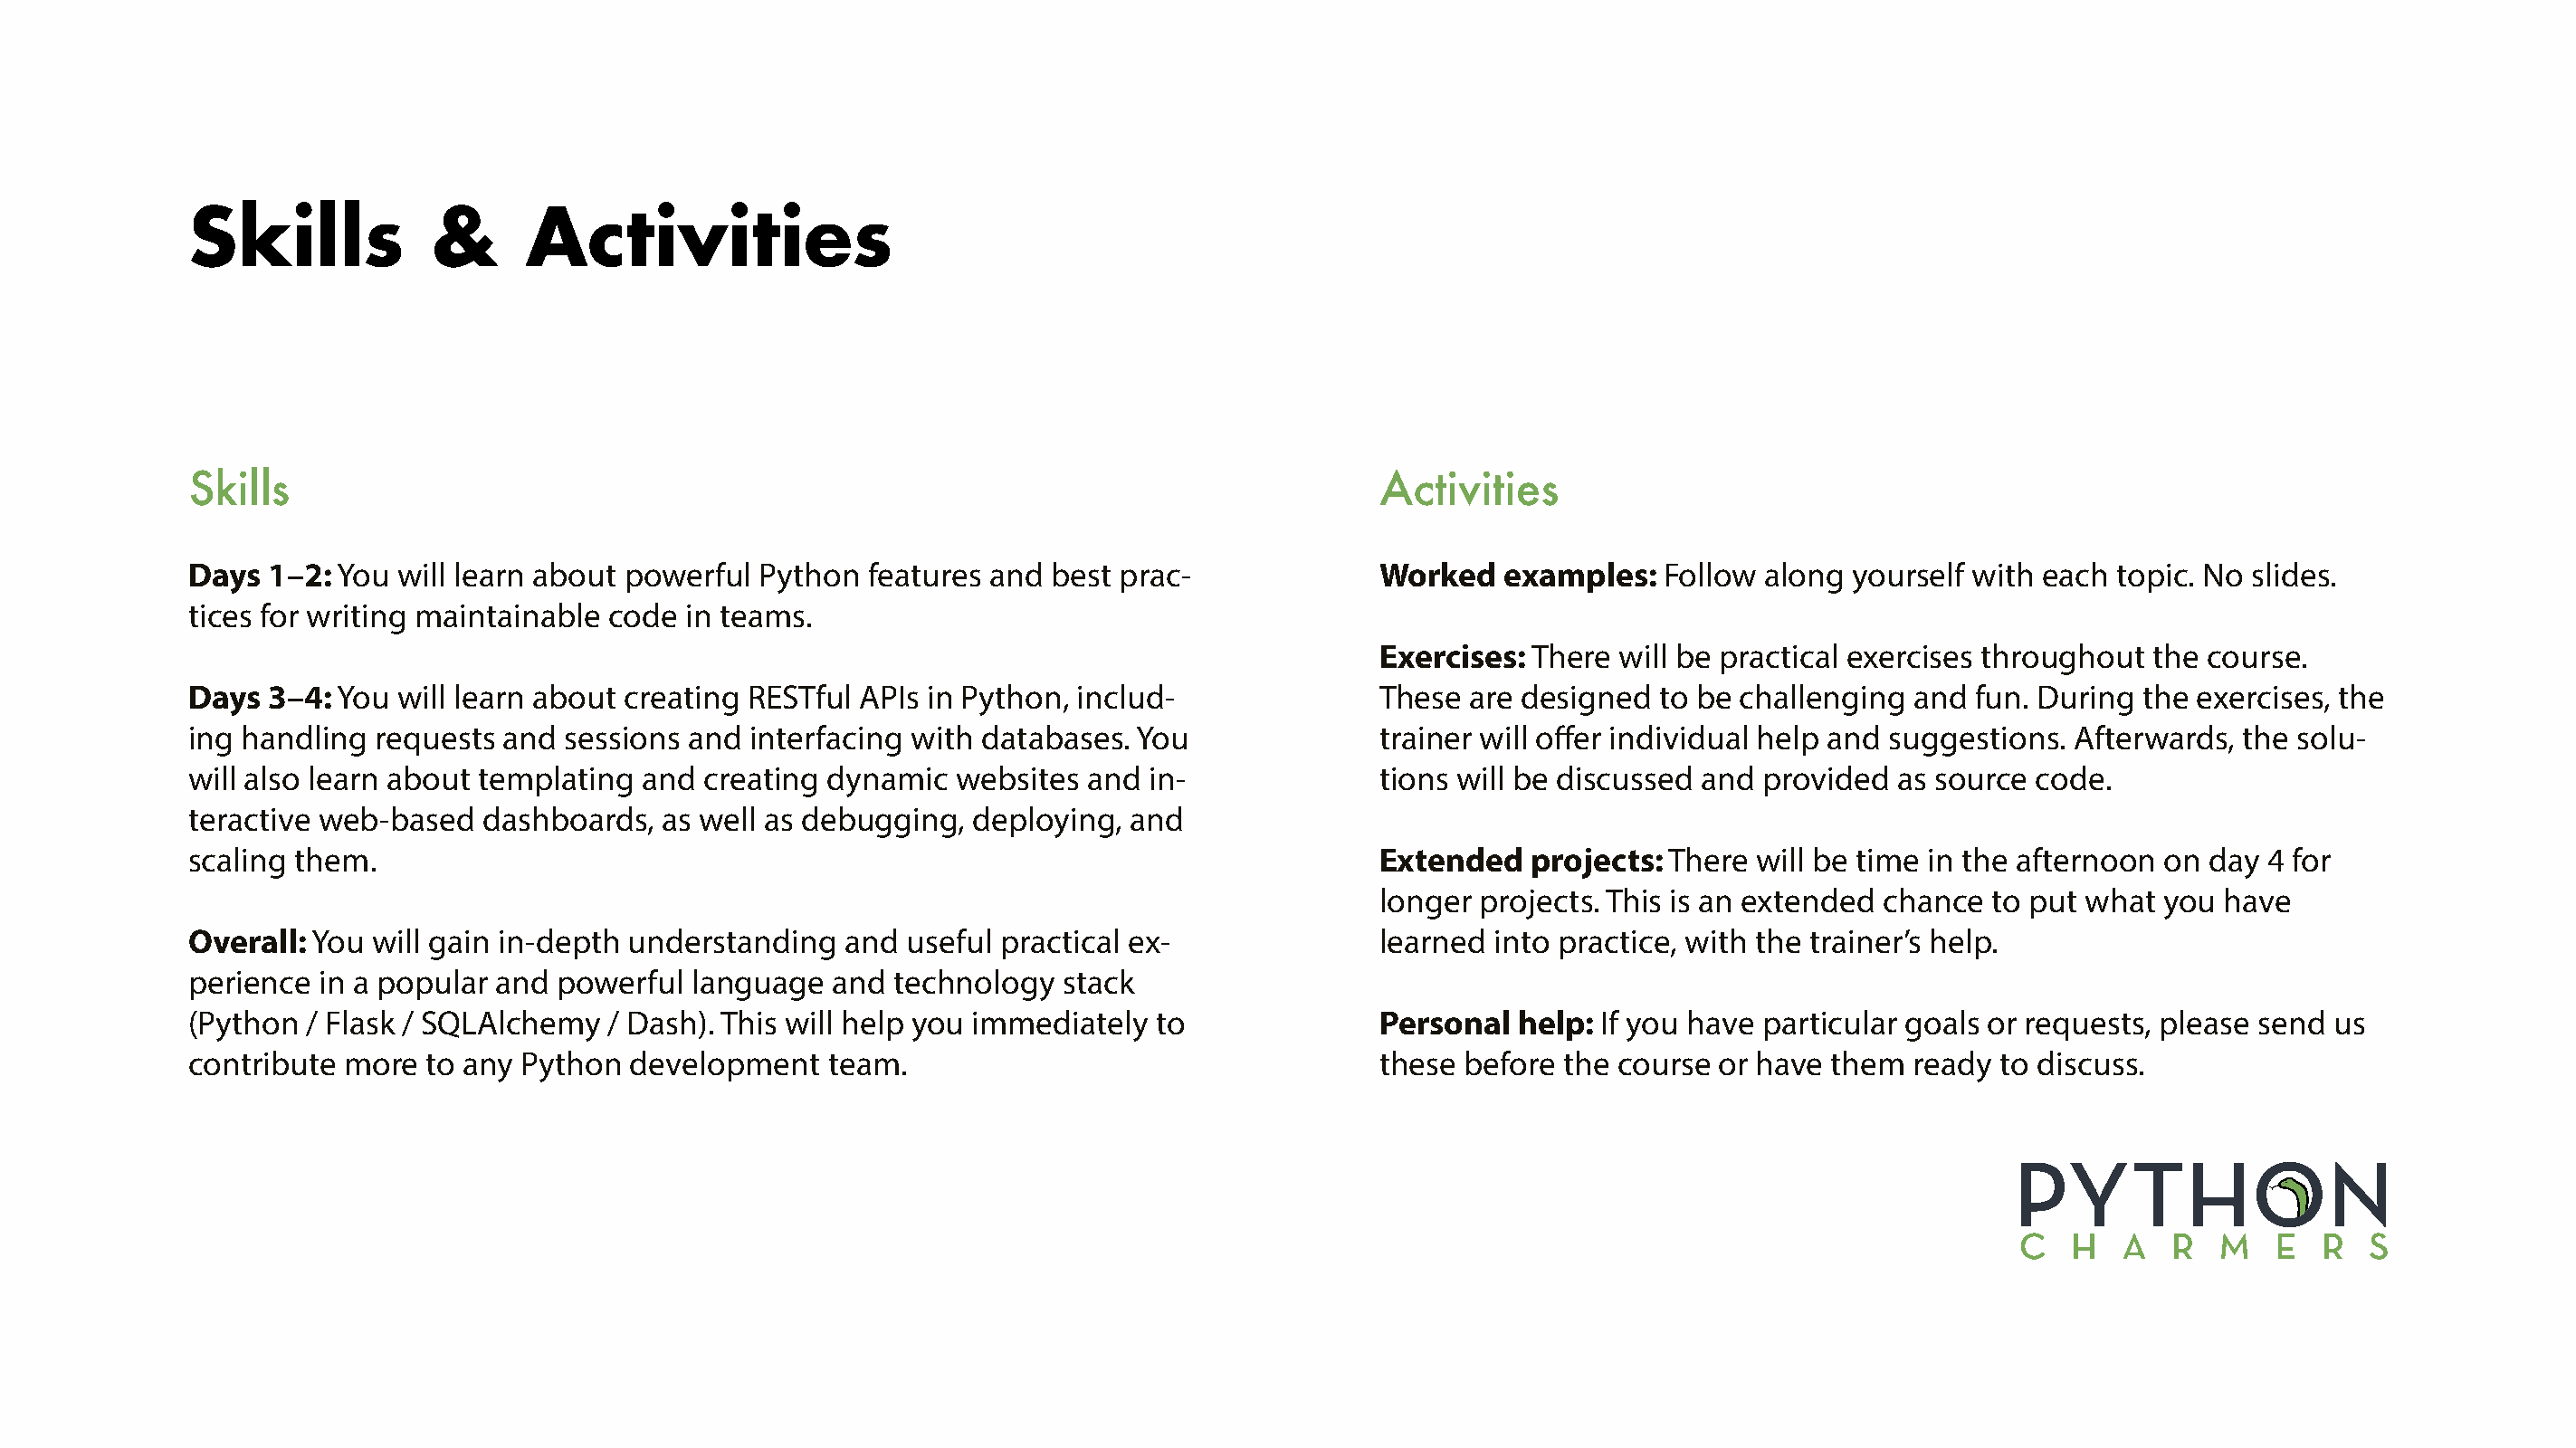
Skills            &     Activities
 Skills                                                                                 Activities
 Days  1–2: You will learn about powerful  Python  features and best prac-              Worked   examples:   Follow along  yourself with each topic. No slides.
 tices for writing maintainable code in teams.
 Exercises: There will be practical exercises throughout the course.
 Days  3–4: You will learn about creating RESTful APIs in Python, includ-               These are designed  to be challenging  and fun. During  the exercises, the
 ing handling requests  and sessions and  interfacing with databases. You               trainer will offer individual help and suggestions. Afterwards, the solu-
 will also learn about templating and creating  dynamic  websites  and in-              tions will be discussed and provided  as source code.
 teractive web-based  dashboards,  as well as debugging,  deploying,  and
 scaling them.                                                                          Extended   projects: There will be time in the afternoon on  day 4 for
 longer projects. This is an extended chance  to put what you  have
 Overall: You will gain in-depth understanding   and useful practical ex-               learned into practice, with the trainer’s help.
 perience in a popular and  powerful  language  and technology   stack
 (Python / Flask / SQLAlchemy   / Dash). This will help you immediately to              Personal  help: If you have particular goals or requests, please send us
 contribute more  to any Python  development    team.                                   these before the course  or have them  ready to discuss.